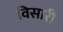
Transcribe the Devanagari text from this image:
विसारी